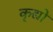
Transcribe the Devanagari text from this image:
कृद्यों